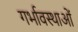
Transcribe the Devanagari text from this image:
गर्भावस्‍थाओं